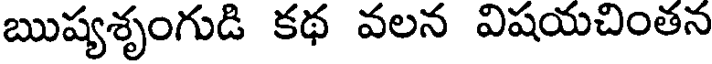
ఋష్యశృంగుడి కథ వలన విషయచింతన